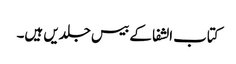
کتاب الشفا کے بیس جلدیں ہیں۔